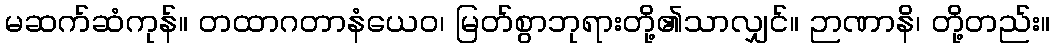
မဆက်ဆံကုန်။ တထာဂတာနံယေဝ၊ မြတ်စွာဘုရားတို့၏သာလျှင်။ ဉာဏာနိ၊ တို့တည်း။